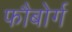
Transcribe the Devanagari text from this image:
फौबोर्ग